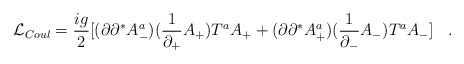
\begin{align*} {\cal L}_{Coul} = \frac{ig}{2}[ (\partial\partial^* A^a_-)(\frac{1}{\partial_+}A_+ ) T^a A_+ + (\partial\partial^* A^a_+)(\frac{1}{\partial_-}A_- ) T^a A_-] \;\;\;.\end{align*}